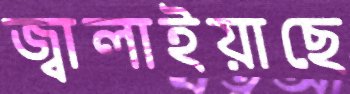
জ্বালাইয়াছে